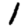
Digit: 1